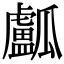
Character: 𤬛